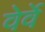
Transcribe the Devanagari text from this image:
वेर्वे